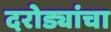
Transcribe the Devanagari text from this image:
दरोड्यांचा